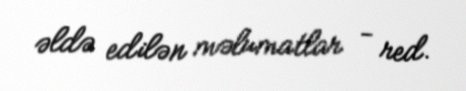
əldə edilən məlumatlar - red.